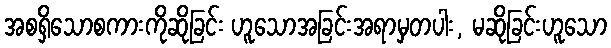
အစရှိသောစကားကိုဆိုခြင်း ဟူသောအခြင်းအရာမှတပါး, မဆိုခြင်းဟူသော